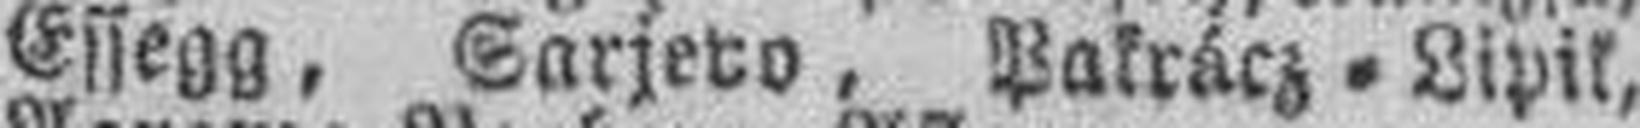
Essegg, Sarjevo, Pakrácz=Lipik,